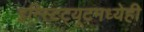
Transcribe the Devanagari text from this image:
इन्स्टिट्यूटमध्येही